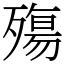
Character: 殤